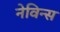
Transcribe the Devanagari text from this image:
नेविन्स